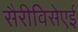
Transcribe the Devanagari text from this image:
सैरीविसेएई